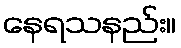
နေရသနည်း။